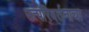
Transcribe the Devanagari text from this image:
उत्परिवर्तनाचा